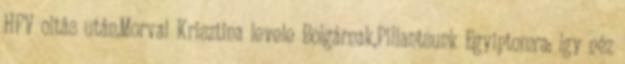
HPV oltás után,Morvai Krisztina levele Bolgárnak,Pillantsunk Egyiptomra: így néz